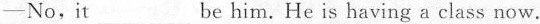
—No,it___be him. He is having a class now.